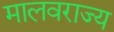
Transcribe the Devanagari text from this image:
मालवराज्य